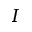
I